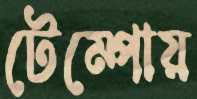
টেম্পোয়